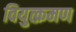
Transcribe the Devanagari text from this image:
वियुत्क्रमण